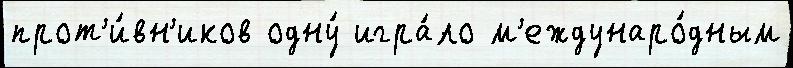
прот'и́вн'иков одну́ игра́ло м'еждунаро́дным